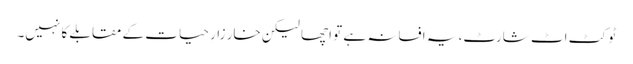
ٹو کٹ اٹ شارٹ، یہ افسانہ ہے تو اچھا لیکن خار زارِ حیات کے مقابلے کا نہیں۔